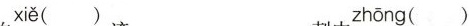
xiě（）zhōng（）